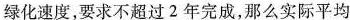
绿化速度，要求不超过2年完成，那么实际平均